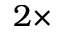
2 \times